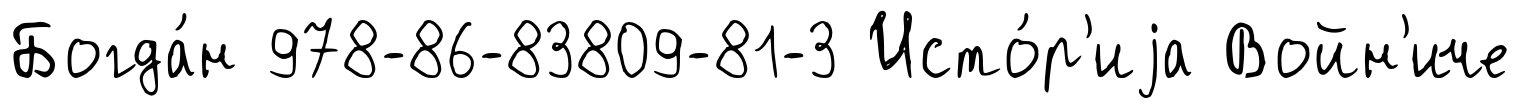
Богда́н 978-86-83809-81-3 Исто́р'иjа Войн'иче